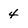
Character: 4